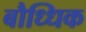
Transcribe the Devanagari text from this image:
बौध्धिक